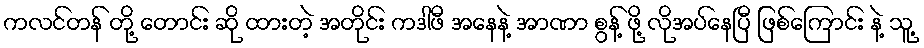
ကလင်တန် တို့ တောင်း ဆို ထားတဲ့ အတိုင်း ကဒါဖီ အနေနဲ့ အာဏာ စွန့် ဖို့ လိုအပ်နေပြီ ဖြစ်ကြောင်း နဲ့ သူ့